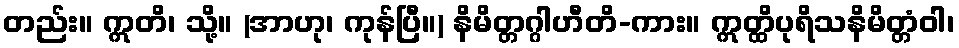
တည်း။ ဣတိ၊ သို့။ (အာဟု၊ ကုန်ပြီ။) နိမိတ္တဂ္ဂါဟီတိ-ကား။ ဣတ္ထိပုရိသနိမိတ္တံဝါ၊